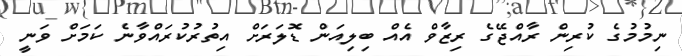
ނިމުމުގެ ކުރިން ރާއްޖޭގެ ރިޒާވް އެއް ބިލިއަން ޑޮލަރަށް އިތުރުކުރައްވާނެ ކަމަށް ވަނީ